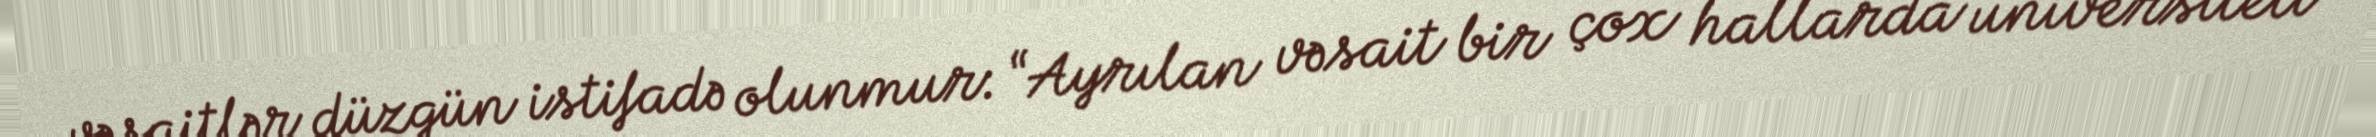
vəsaitlər düzgün istifadə olunmur: “Ayrılan vəsait bir çox hallarda universiteti